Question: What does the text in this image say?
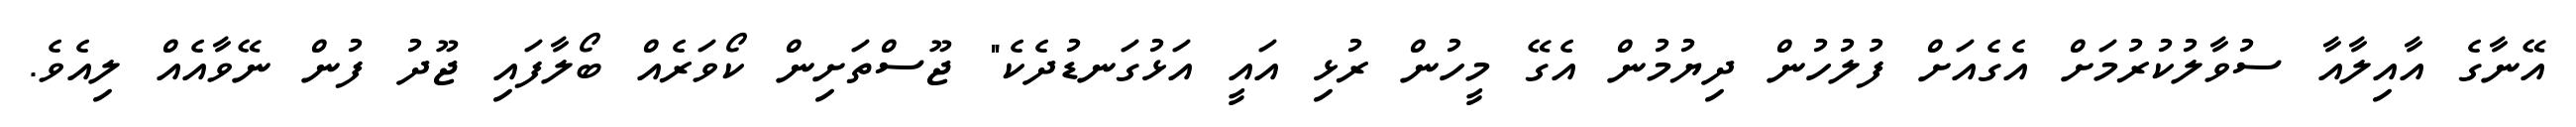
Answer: އޭނާގެ އާއިލާއާ ސުވާލުކުރުމަށް އެގެއަށް ފުލުހުން ދިޔުމުން އެގޭ މީހުން ރުޅި އައީ އަޅުގަނޑުދެކެ" ޖޫސްތަށިން ކޯވަރެއް ބޯލާފައި ޖޫދު ފުން ނޭވާއެއް ލިއެވެ.